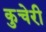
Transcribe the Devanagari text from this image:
कुचेरी